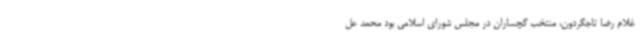
غلام رضا تاجگردون، منتخب گچساران در مجلس شورای اسلامی بود محمد عل